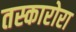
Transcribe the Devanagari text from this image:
तस्कारोरा